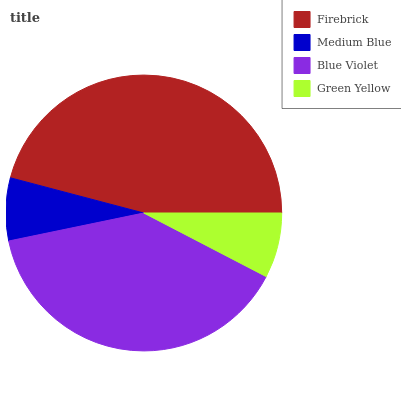
| Firebrick | Medium Blue | Blue Violet | Green Yellow |
 | --- | --- | --- | --- |
 | 45.9% | 7.36% | 39.2% | 7.63% |